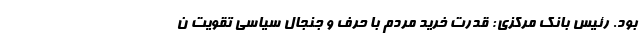
بود. رئیس بانک مرکزی: قدرت خرید مردم با حرف و جنجال سیاسی تقویت ن